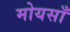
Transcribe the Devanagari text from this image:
मोयसाँ